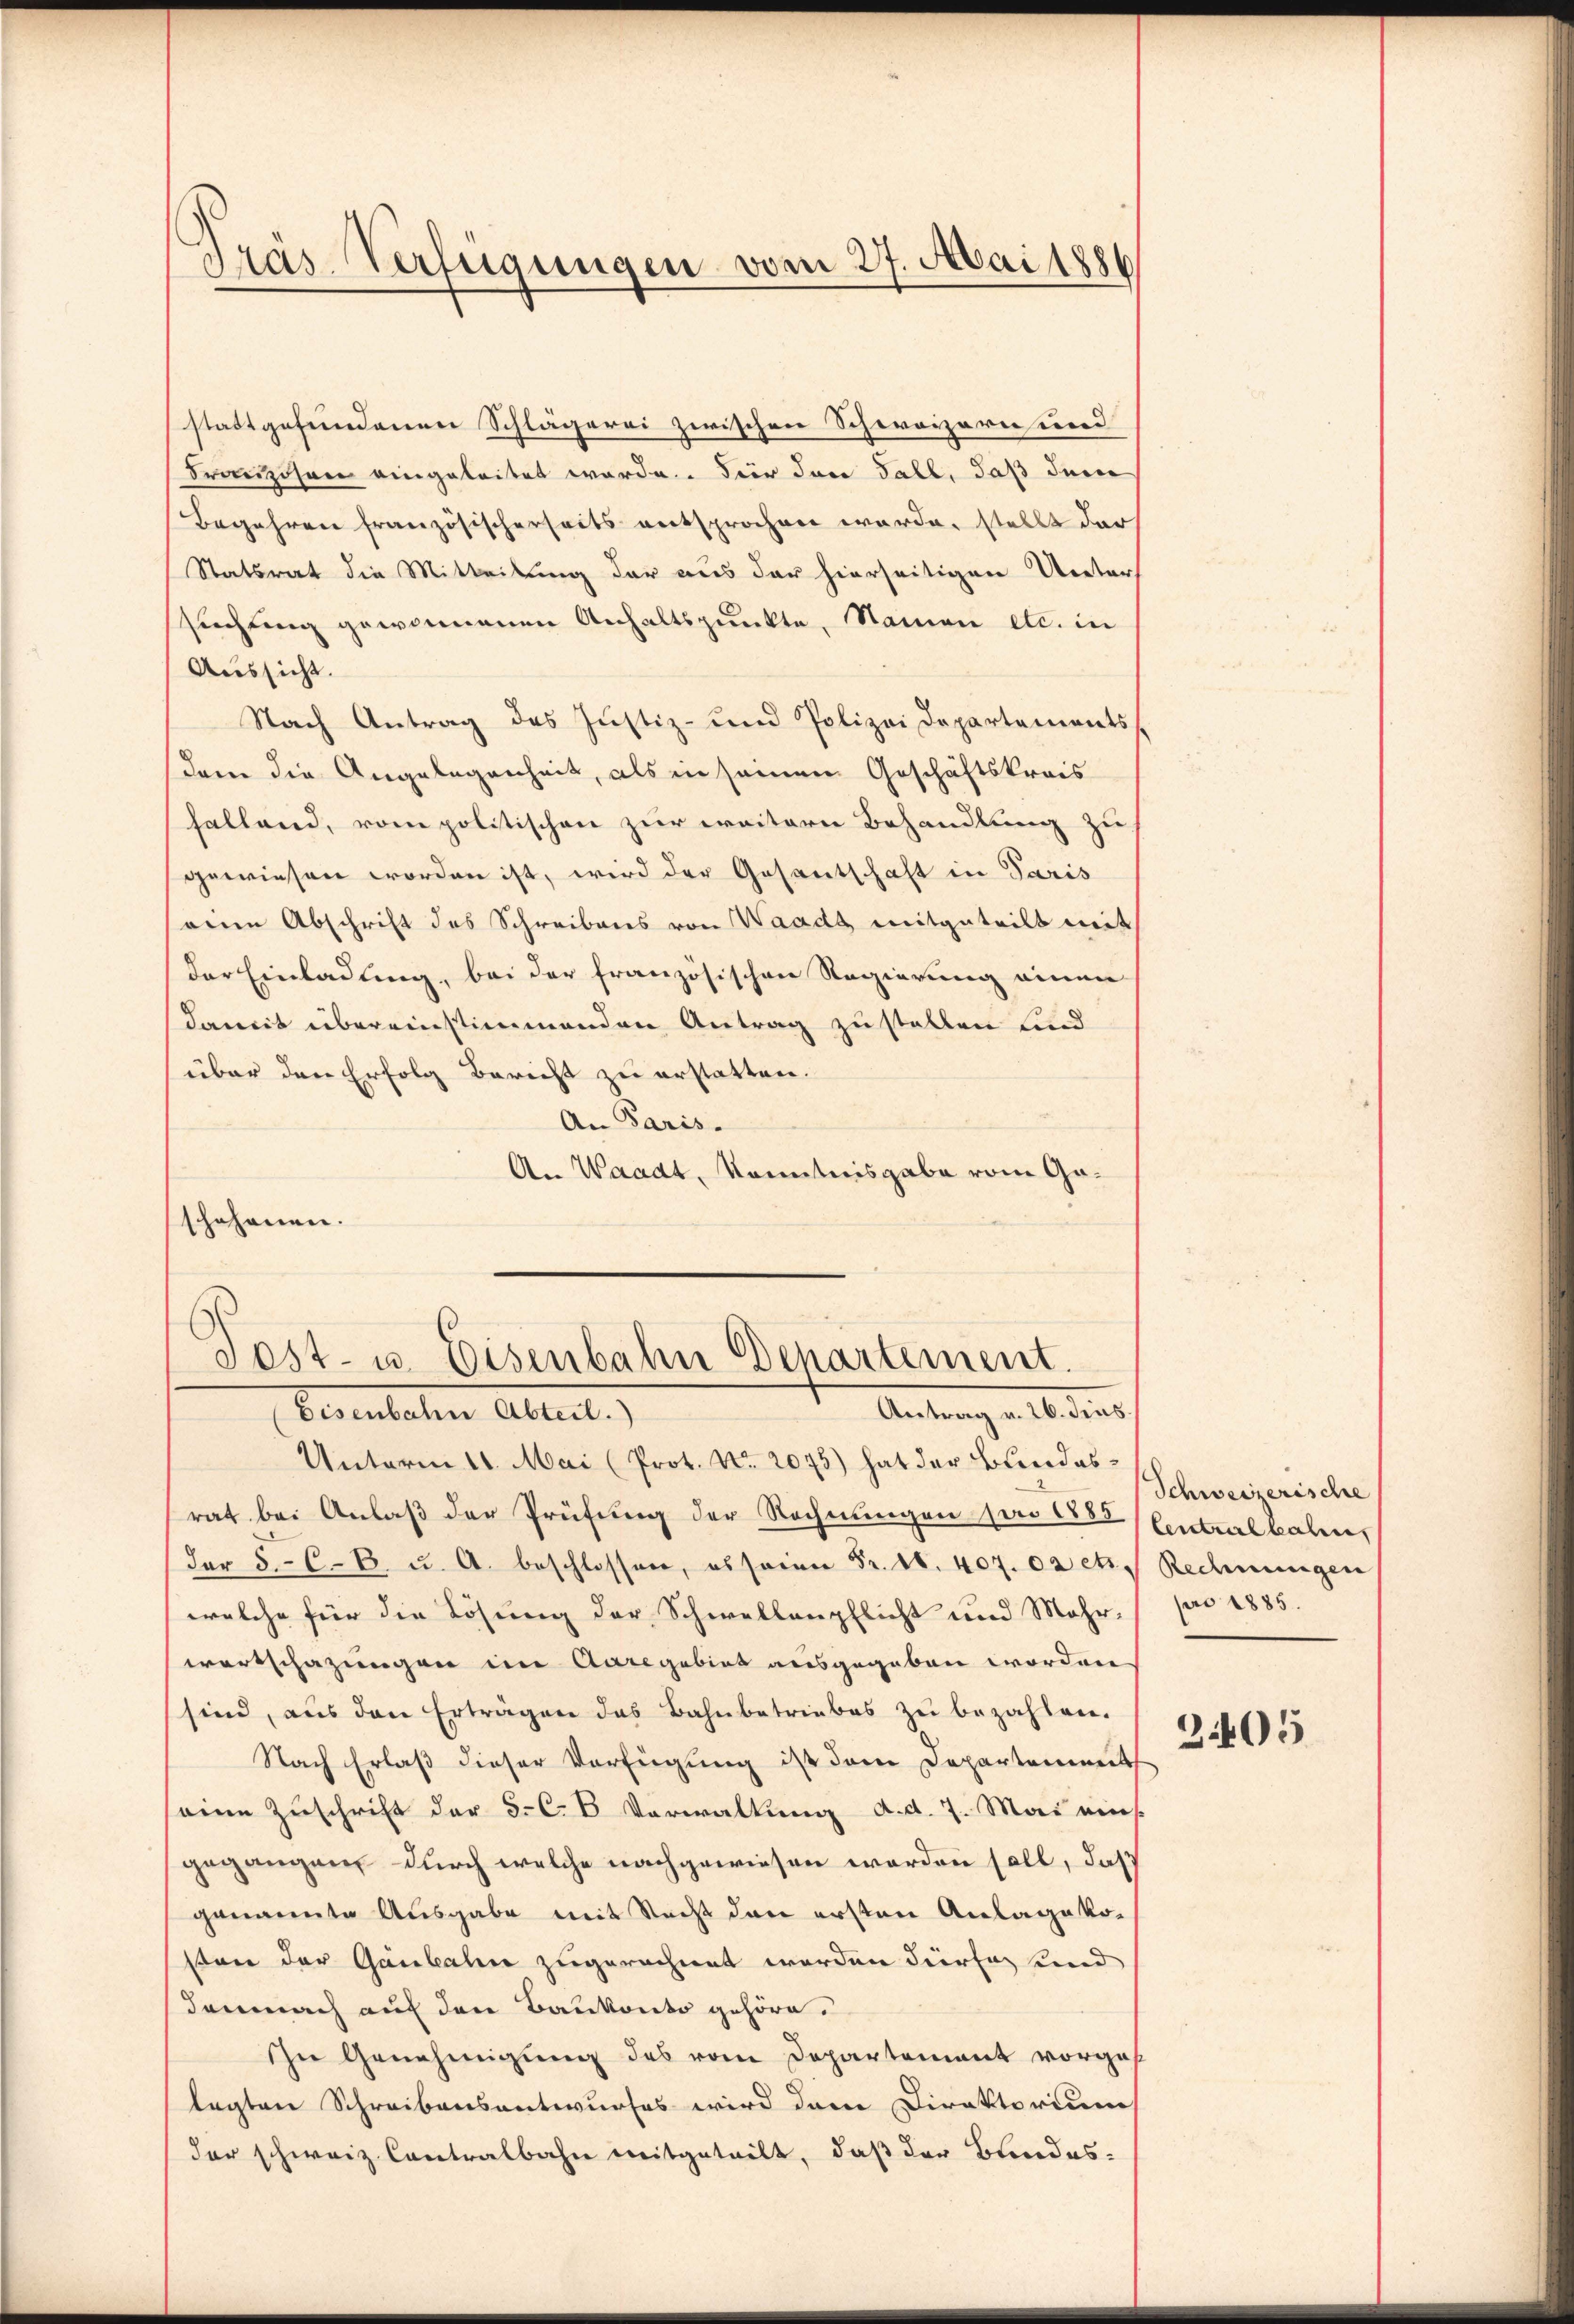
Präs. Verfügungen vom 27. Mai 1886

stattgefundenen Schlägerei zwischen Schweizern und
Franzosen eingeleitet werde. Für dann Fall, daß dem
Begehren französischerseits entsprochen werde, stellt darf
Statsrat die Mitteilung der aus der hierseitigen Unters
suchung gewonnenen Anhaltspunkte, Namen etc. in
Aussicht.
Nach Antrag des Justiz- und Polizei Departements
dem die Angelegenheit, als in seinem Geschäftskreis
hallend, vom politischen zur weitern Behandlung zu
gewiesen worden ist, wird der Gesantschaft in Paris
seine Abschrift des Schreibens von Waadt, mitgeteilt mit
der Einladung, bei der französischen Regierung einen
damit übereinstimmenden Antrag zustellen sind
über den Erfolg Bericht zu erstatten.
An Paris.
An Waadt, Kenntnisgabe vom Goschehenen.

Post- u. Eisenbahn Departement.
Antrag a. b. dens

Bereuteten Abrut.)
Unterm 11. Mai (Prot. No. 2075) hat der Bundesrat bei Anlaß der Prüfung der Rechnungen pro 1885 Centralkalen
.4
welche für die Lösung der Schwellenpflicht und Mehr. pro 1885.
wartschazungen im Aare gebiet ausgegeben worden
sind, aus den Erträgen des Bahnbetriebes zu bezahlen.
Nach Erlaß dieser Verfügung ist dem Departement
seine Zuschrift der 3. C. B. Verwaltung d.d. 7. Mai eins
gegangen durch welche nachgewiesen worden soll, daß
genannte Ausgabe mit Recht den ersten Anlage kon
sten der Gaubalen zugerechnet worden dürfe und
demnach auf den Baukonto gehöre.
In Genehmigung des vom Departement vorges
legten Schreibensantwurfes wird den Direktorium
der schweiz. Contralbahn mitgeteilt, daß der Bundes-

Schweizerische
2405